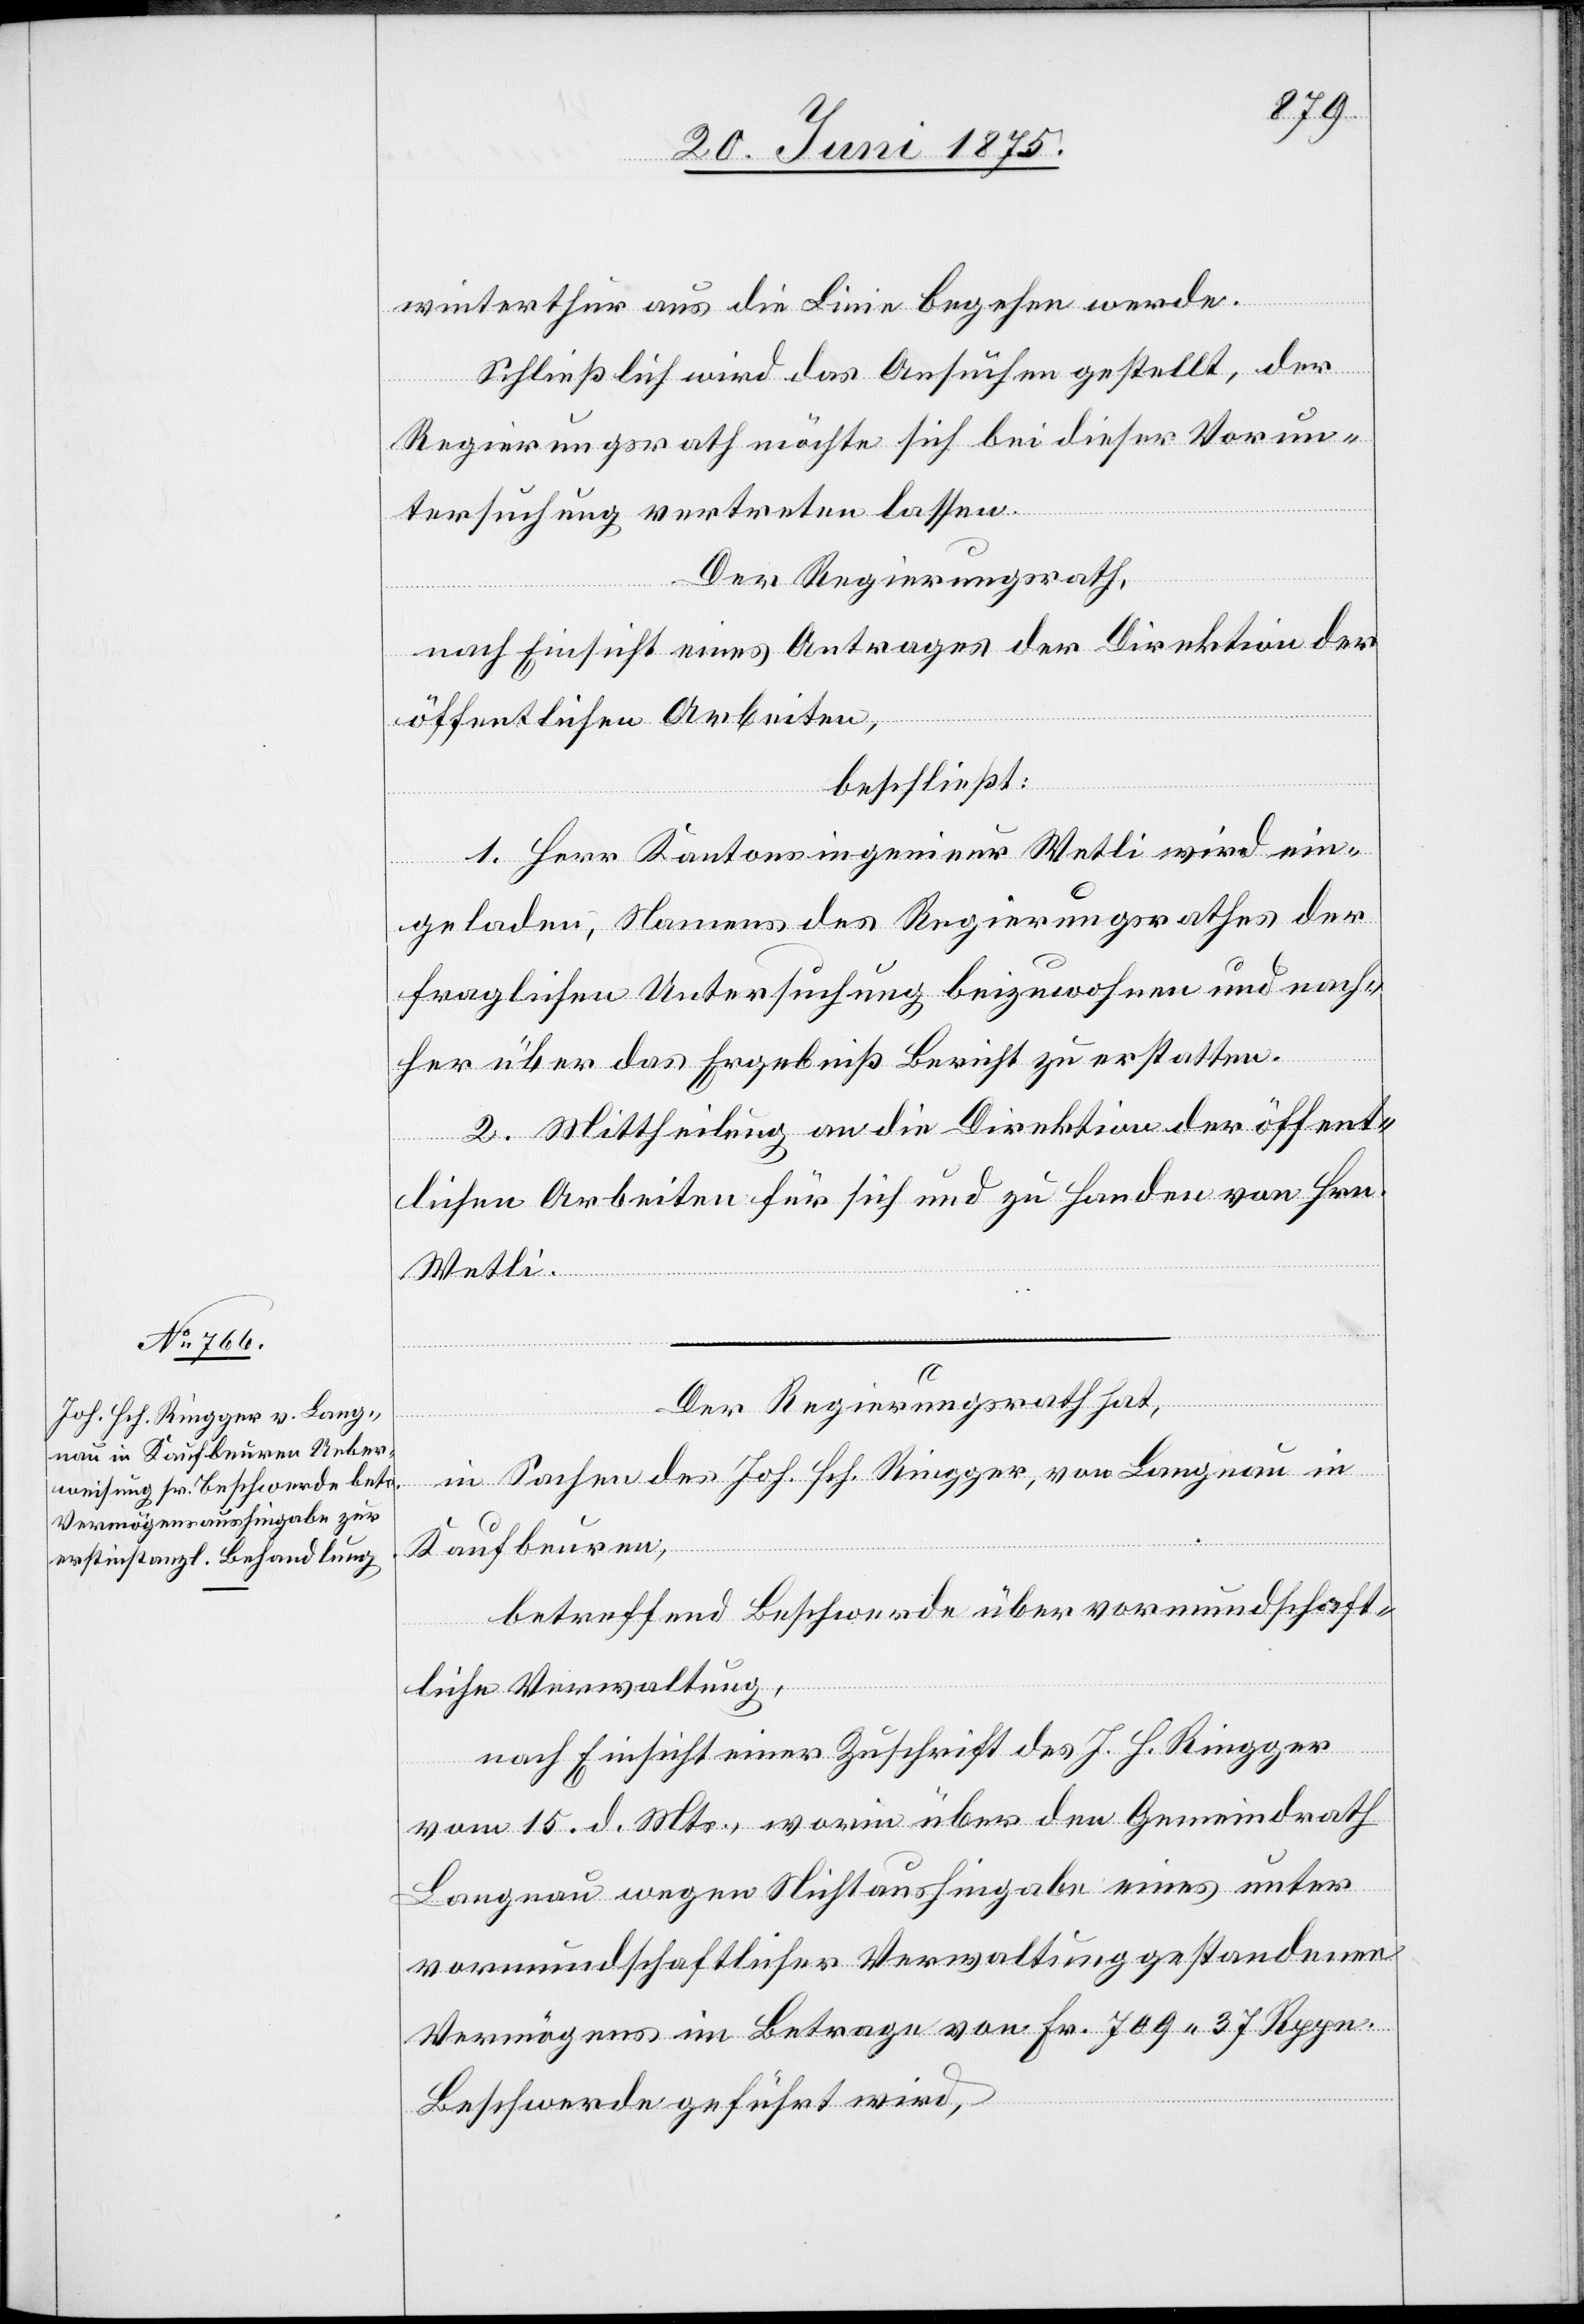
21. Juni 1875.]
winterthur aus die Linie begehen werde.
Schließlich wird das Ansuchen gestellt, der
Regierungsrath möchte sich bei dieser Vorun¬
tersuchung vertreten lassen.
Der Regierungsrath,
nach Einsicht eines Antrages der Direktion der
öffentlichen Arbeiten,
beschließt:
1. Herr Kantonsingenieur Wetli wird ein¬
geladen, Namens des Regierungsrathes der
fraglichen Untersuchung beizuwohnen und nach¬
her über das Ergebniß Bericht zu erstatten.
2. Mittheilung an die Direktion der öffent¬
lichen Arbeiten für sich und zu Handen von Hrn.
Wetli.
Der Regierungsrath hat,
in Sachen des Joh. Hch. Ringger, von Langnau in
Kaufbeuren,
nach Einsicht einer Zuschrift des J. H. Ringger
vom 15. d. Mts., worin über den Gemeindrath
Langnau wegen Nichtaushingabe eines unter
vormundschaftlicher Verwaltung gestandenen
Vermögens im Betrage von Fr. 709 37 Rppn.
Beschwerde geführt wird,